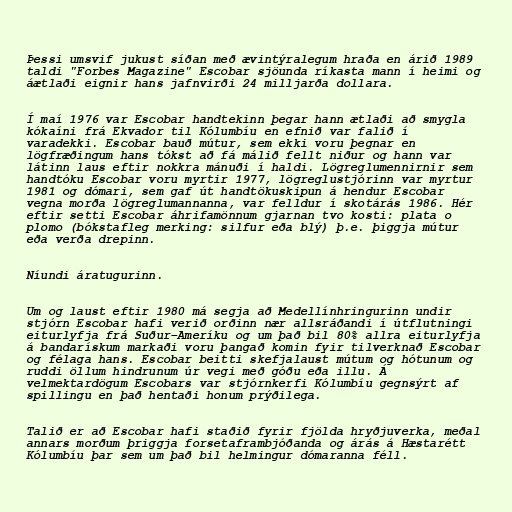
Þessi umsvif jukust síðan með ævintýralegum hraða en árið 1989
taldi "Forbes Magazine" Escobar sjöunda ríkasta mann í heimi og
áætlaði eignir hans jafnvirði 24 milljarða dollara.

Í maí 1976 var Escobar handtekinn þegar hann ætlaði að smygla
kókaíni frá Ekvador til Kólumbíu en efnið var falið í
varadekki. Escobar bauð mútur, sem ekki voru þegnar en
lögfræðingum hans tókst að fá málið fellt niður og hann var
látinn laus eftir nokkra mánuði í haldi. Lögreglumennirnir sem
handtóku Escobar voru myrtir 1977, lögreglustjórinn var myrtur
1981 og dómari, sem gaf út handtökuskipun á hendur Escobar
vegna morða lögreglumannanna, var felldur í skotárás 1986. Hér
eftir setti Escobar áhrifamönnum gjarnan tvo kosti: plata o
plomo (bókstafleg merking: silfur eða blý) þ.e. þiggja mútur
eða verða drepinn.

Níundi áratugurinn.

Um og laust eftir 1980 má segja að Medellínhringurinn undir
stjórn Escobar hafi verið orðinn nær allsráðandi í útflutningi
eiturlyfja frá Suður–Ameríku og um það bil 80% allra eiturlyfja
á bandarískum markaði voru þangað komin fyir tilverknað Escobar
og félaga hans. Escobar beitti skefjalaust mútum og hótunum og
ruddi öllum hindrunum úr vegi með góðu eða illu. Á
velmektardögum Escobars var stjórnkerfi Kólumbíu gegnsýrt af
spillingu en það hentaði honum prýðilega.

Talið er að Escobar hafi staðið fyrir fjölda hryðjuverka, meðal
annars morðum þriggja forsetaframbjóðanda og árás á Hæstarétt
Kólumbíu þar sem um það bil helmingur dómaranna féll.